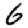
Digit: 6